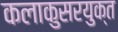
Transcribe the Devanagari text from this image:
कलाकुसरयुक्त